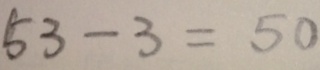
5 3 - 3 = 5 0